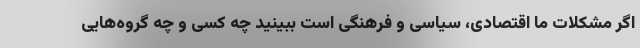
اگر مشکلات ما اقتصادی، سیاسی و فرهنگی است ببینید چه کسی و چه گروه‌هایی